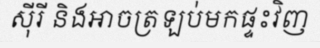
ស៊ីរី និងអាចត្រឡប់មកផ្ទះវិញ